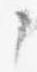
々